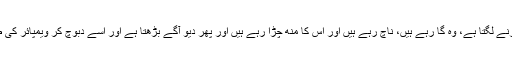
تبھی شتونگڑوں کا ہجوم اس کے گرد اکٹھا ہو کر فارس کرنے لگتا ہے، وہ گا رہے ہیں، ناچ رہے ہیں اور اس کا مُنھ چڑا رہے ہیں اور پھر دیو آگے بڑھتا ہے اور اسے دبوچ کر ویمپائر کی طرح اپنے بڑے بڑے دانت اس کی گردن میں گاڑ دیتا ہے۔